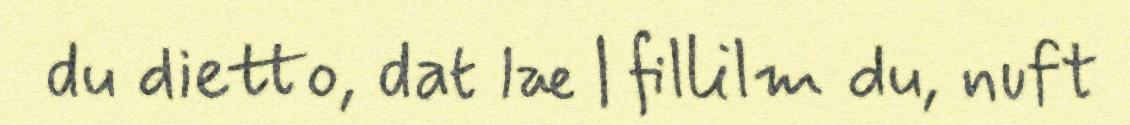
du dietto, dat læ | fillilm du, nuft